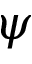
\psi